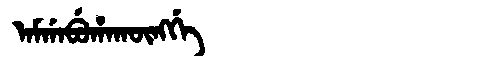
Manchu: ᠠᠮᡤᠠᠪᡠᡥᠠᡴᡡᠩᡤᡝ
Romanization: AMGABUHAKŪNGGE